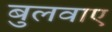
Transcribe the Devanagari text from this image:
बुलवाए